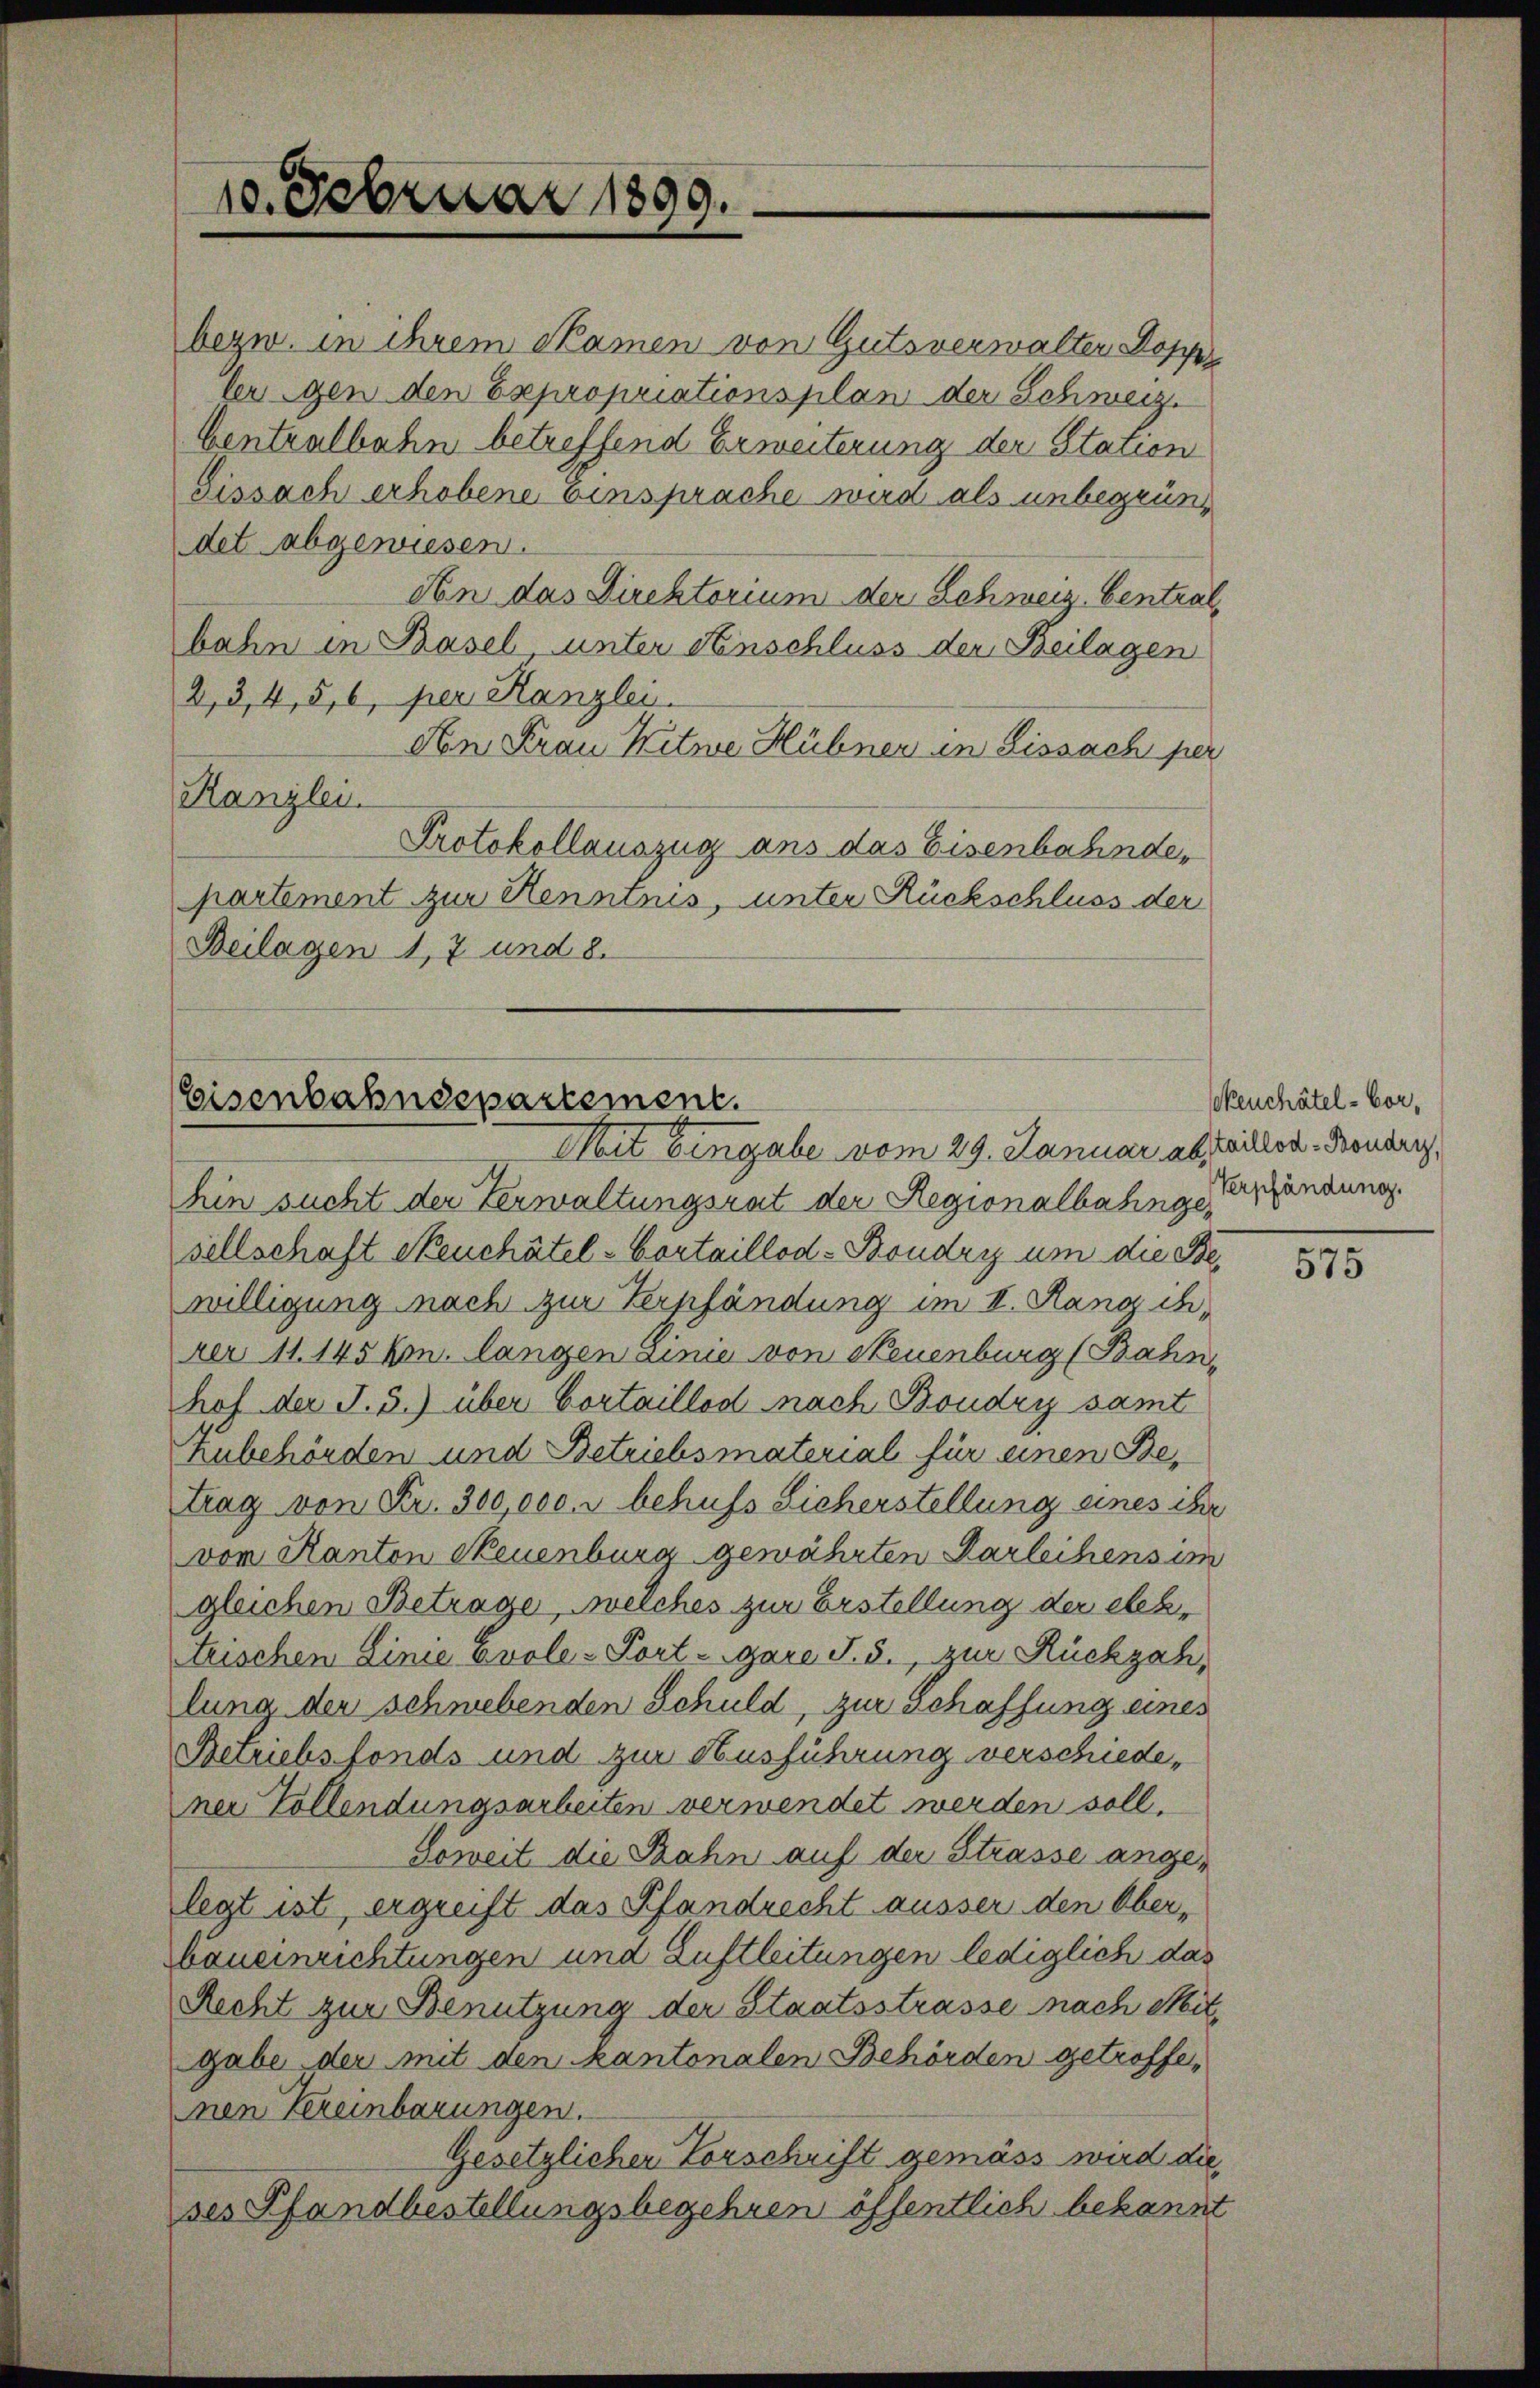
bezw. in ihrem Namen von Gutsverwalter Doppe
ler gen den Expropriationsplan der Schweiz.
Centralbahn betreffend Erweiterung der Station
Fissach erhobene einsprache wird als unbegründet abgewiesen.
An das Direktorium der Schweiz. Centralbahn in Basel unter Einschluss der Beilagen
2, 3, 4, 5, 6, per Kanzlei.
An Frau Witwe Hübner in Lissach per
Ranglei
Protokollauszug aus das Eisenbahnde,
partement zur Kenntnis, unter Rückschluss der
Beilagen 17 und 8.

10. Februar 1899.

Eisenbahndepartement.
Mit Eingabe vom 29. Januar ab, Faillon Boneris

hin sucht der Verwaltungsrat der Regionalbahngefändung.
sellschaft Neuchâtel - Cortaillod-Boudry um die Bewilligung nach zur Verpfändung im II. Rang ihrer, 11. 145 kon. langen Linie von Neuenburg (Bahnhof der J. J.) über Cortaillod nach Boudry samt
zubehörden und Betriebsmaterial für einen Betrag von Fr. 300,000. r behufs Sicherstellung eines ihr
von Kanton Neuenburg gewährten Karleihens in
gleichen Betrage, welches zur Erstellung der elektrischen Linie Evole-Portare S. 3., zur Rückzahlung der schwebenden Schuld, zur Schaffung eines
Betriebsfonds und zur Ausführung verschiedener Vollendungsarbeiten verwendet werden soll.
Soweit die Rahn auf der Strasse angelegt ist, ergreift das Pfandrecht äusser den Ober¬
Hbeueinrichtungen und Luftleitungen lediglich das
Recht zur Benutzung der Staatsstrasse nach Mitgabe der mit den Kantonalen Behörden getroffenen Vereinbarungen.
Gesetzlichen Vorschrift gemäss wird die
des Pfandbestellungsbegehren öffentlich bekannt

skeuchâtel - Cor¬

575